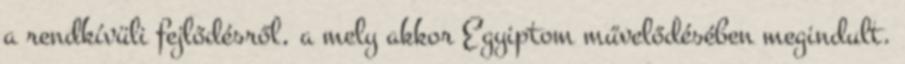
a rendkívüli fejlődésről, a mely akkor Egyiptom művelődésében megindult.